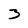
Character: 3